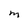
Character: M